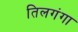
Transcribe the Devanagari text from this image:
तिलगंगा